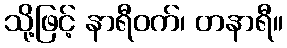
သို့ဖြင့် နာရီဝက်၊ တနာရီ။